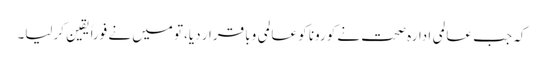
کہ جب عالمی ادارہ صحت نے کورونا کو عالمی وبا قرار دیا،تو میں نے فوراً یقین کرلیا۔